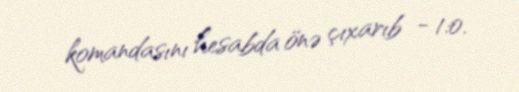
komandasını hesabda önə çıxarıb - 1:0.